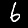
Digit: 6